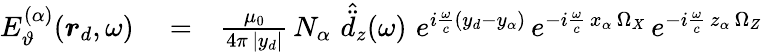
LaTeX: \begin{array}{rlr}{E_{\vartheta}^{(\alpha)}(\boldsymbol{r}_{d},\omega)}&{{}=}&{\frac{\mu_{0}}{4\pi\, |y_{d}|}\, N_{\alpha}\, \, \hat{\ddot{d}}_{z}(\omega)\, \, e^{i\frac{\omega}{c}(y_{d}-y_{\alpha})}\, e^{-i\frac{\omega}{c}\, x_{\alpha}\, \Omega_{X}}\, e^{-i\frac{\omega}{c}\, z_{\alpha}\, \Omega_{Z}}}\end{array}